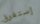
إستغرق